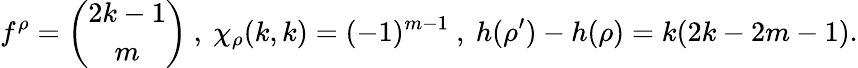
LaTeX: f^{\rho}={\binom{2k-1}{m}}\ ,\ \chi_{\rho}(k,k)=(-1)^{m-1}\ ,\ h(\rho^{\prime})-h(\rho)=k(2k-2m-1).